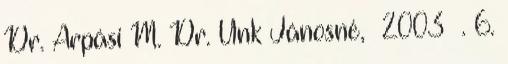
Dr. Árpási M. Dr. Unk Jánosné, 2003 . 6.